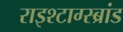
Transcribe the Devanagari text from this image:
राइश्टाग्स्ब्रांड